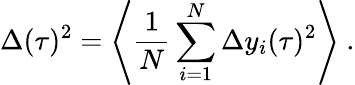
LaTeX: \Delta(\tau)^{2}=\left\langle\frac{1}{N}\sum_{i=1}^{N}\Delta y_{i}(\tau)^{2}\right\rangle~.